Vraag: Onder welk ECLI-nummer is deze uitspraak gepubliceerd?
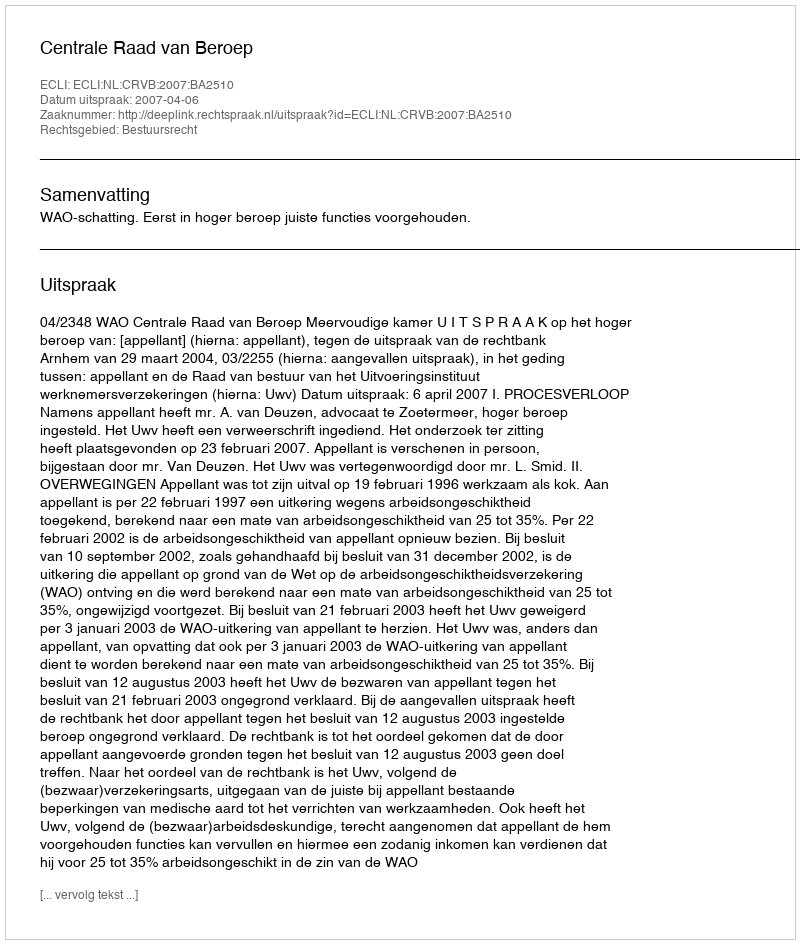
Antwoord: ECLI:NL:CRVB:2007:BA2510